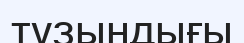
тұзындығы